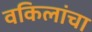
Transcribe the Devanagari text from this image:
वकिलांचा